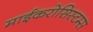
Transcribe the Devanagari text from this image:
माईकरोसिस्टम्स